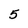
Character: 5